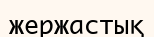
жержастық